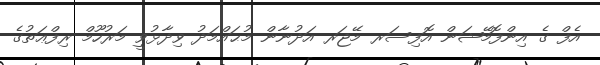
އެފް ގެ އިންފޮމޭޝަން އޮފިސަރ މޭޖަރ އަދުނާން މުޙައްމަދު ވިދާޅުވީ މަރުުހޫމް ރިފްޢަތުގެ